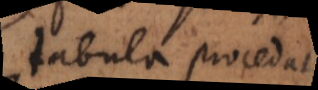
tabula procedat